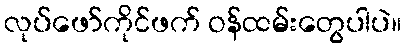
လုပ်ဖော်ကိုင်ဖက် ဝန်ထမ်းတွေပါပဲ။